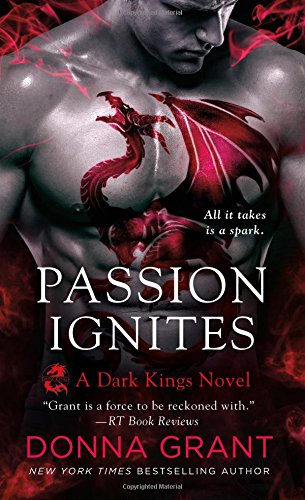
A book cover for Passion Ignites (Dark Kings); Donna Grant; Romance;